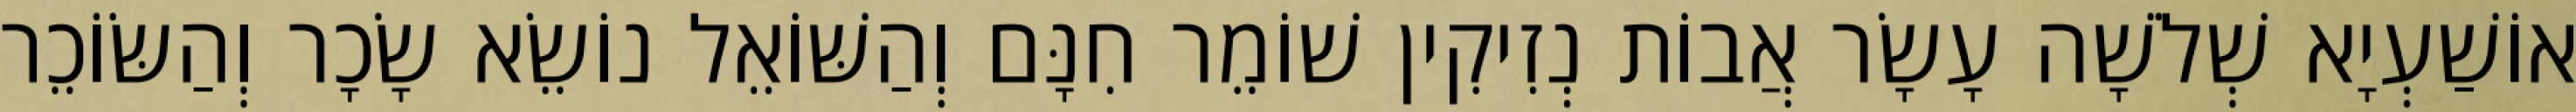
אוֹשַׁעְיָא שְׁלֹשָׁה עָשָׂר אֲבוֹת נְזִיקִין שׁוֹמֵר חִנָּם וְהַשּׁוֹאֵל נוֹשֵׂא שָׂכָר וְהַשּׂוֹכֵר